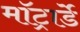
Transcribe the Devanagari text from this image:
मॉट्रार्डे